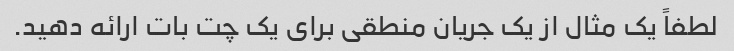
لطفاً یک مثال از یک جریان منطقی برای یک چت بات ارائه دهید.